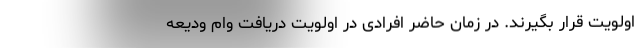
اولویت قرار بگیرند. در زمان حاضر افرادی در اولویت دریافت وام ودیعه